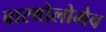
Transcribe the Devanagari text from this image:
बारथोलोमेव